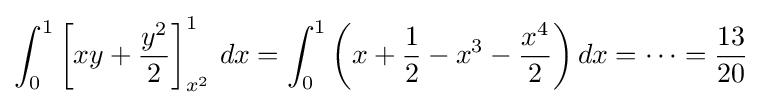
\int _{0}^{1}\left[xy+{\frac {y^{2}}{2}}\right]_{x^{2}}^{1}\,dx=\int _{0}^{1}\left(x+{\frac {1}{2}}-x^{3}-{\frac {x^{4}}{2}}\right)dx=\cdots ={\frac {13}{20}}